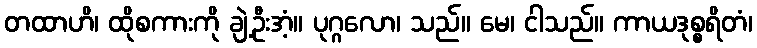
တထာဟိ၊ ထိုစကားကို ချဲ့ဦးအံ့။ ပုဂ္ဂလော၊ သည်။ မေ၊ ငါသည်။ ကာယဒုစ္စရိတံ၊